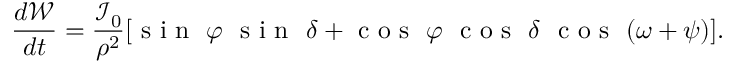
\frac { d \mathcal { W } } { d t } = \frac { \mathcal { I } _ { 0 } } { \rho ^ { 2 } } [ \textrm { s i n } \ \varphi \ \textrm { s i n } \ \delta + \textrm { c o s } \ \varphi \ \textrm { c o s } \ \delta \ \textrm { c o s } \ ( \omega + \psi ) ] .